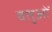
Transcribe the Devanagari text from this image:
वतुओं